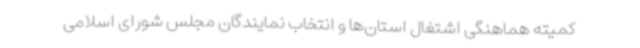
کمیته هماهنگی اشتغال استان‌ها و انتخاب نمایندگان مجلس شورای اسلامی